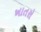
ખાતરો